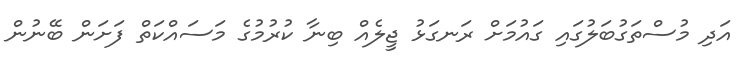
އަދި މުސްތަގުބަލުގައި ގައުމަށް ރަނގަޅު ޖީލެއް ބިނާ ކުރުމުގެ މަސައްކަތް ފަށަން ބޭނުން